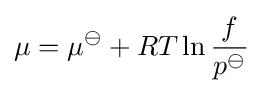
\mu =\mu ^{\ominus }+RT\ln {\frac {f}{p^{\ominus }}}